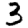
Digit: 3